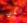
ولكن